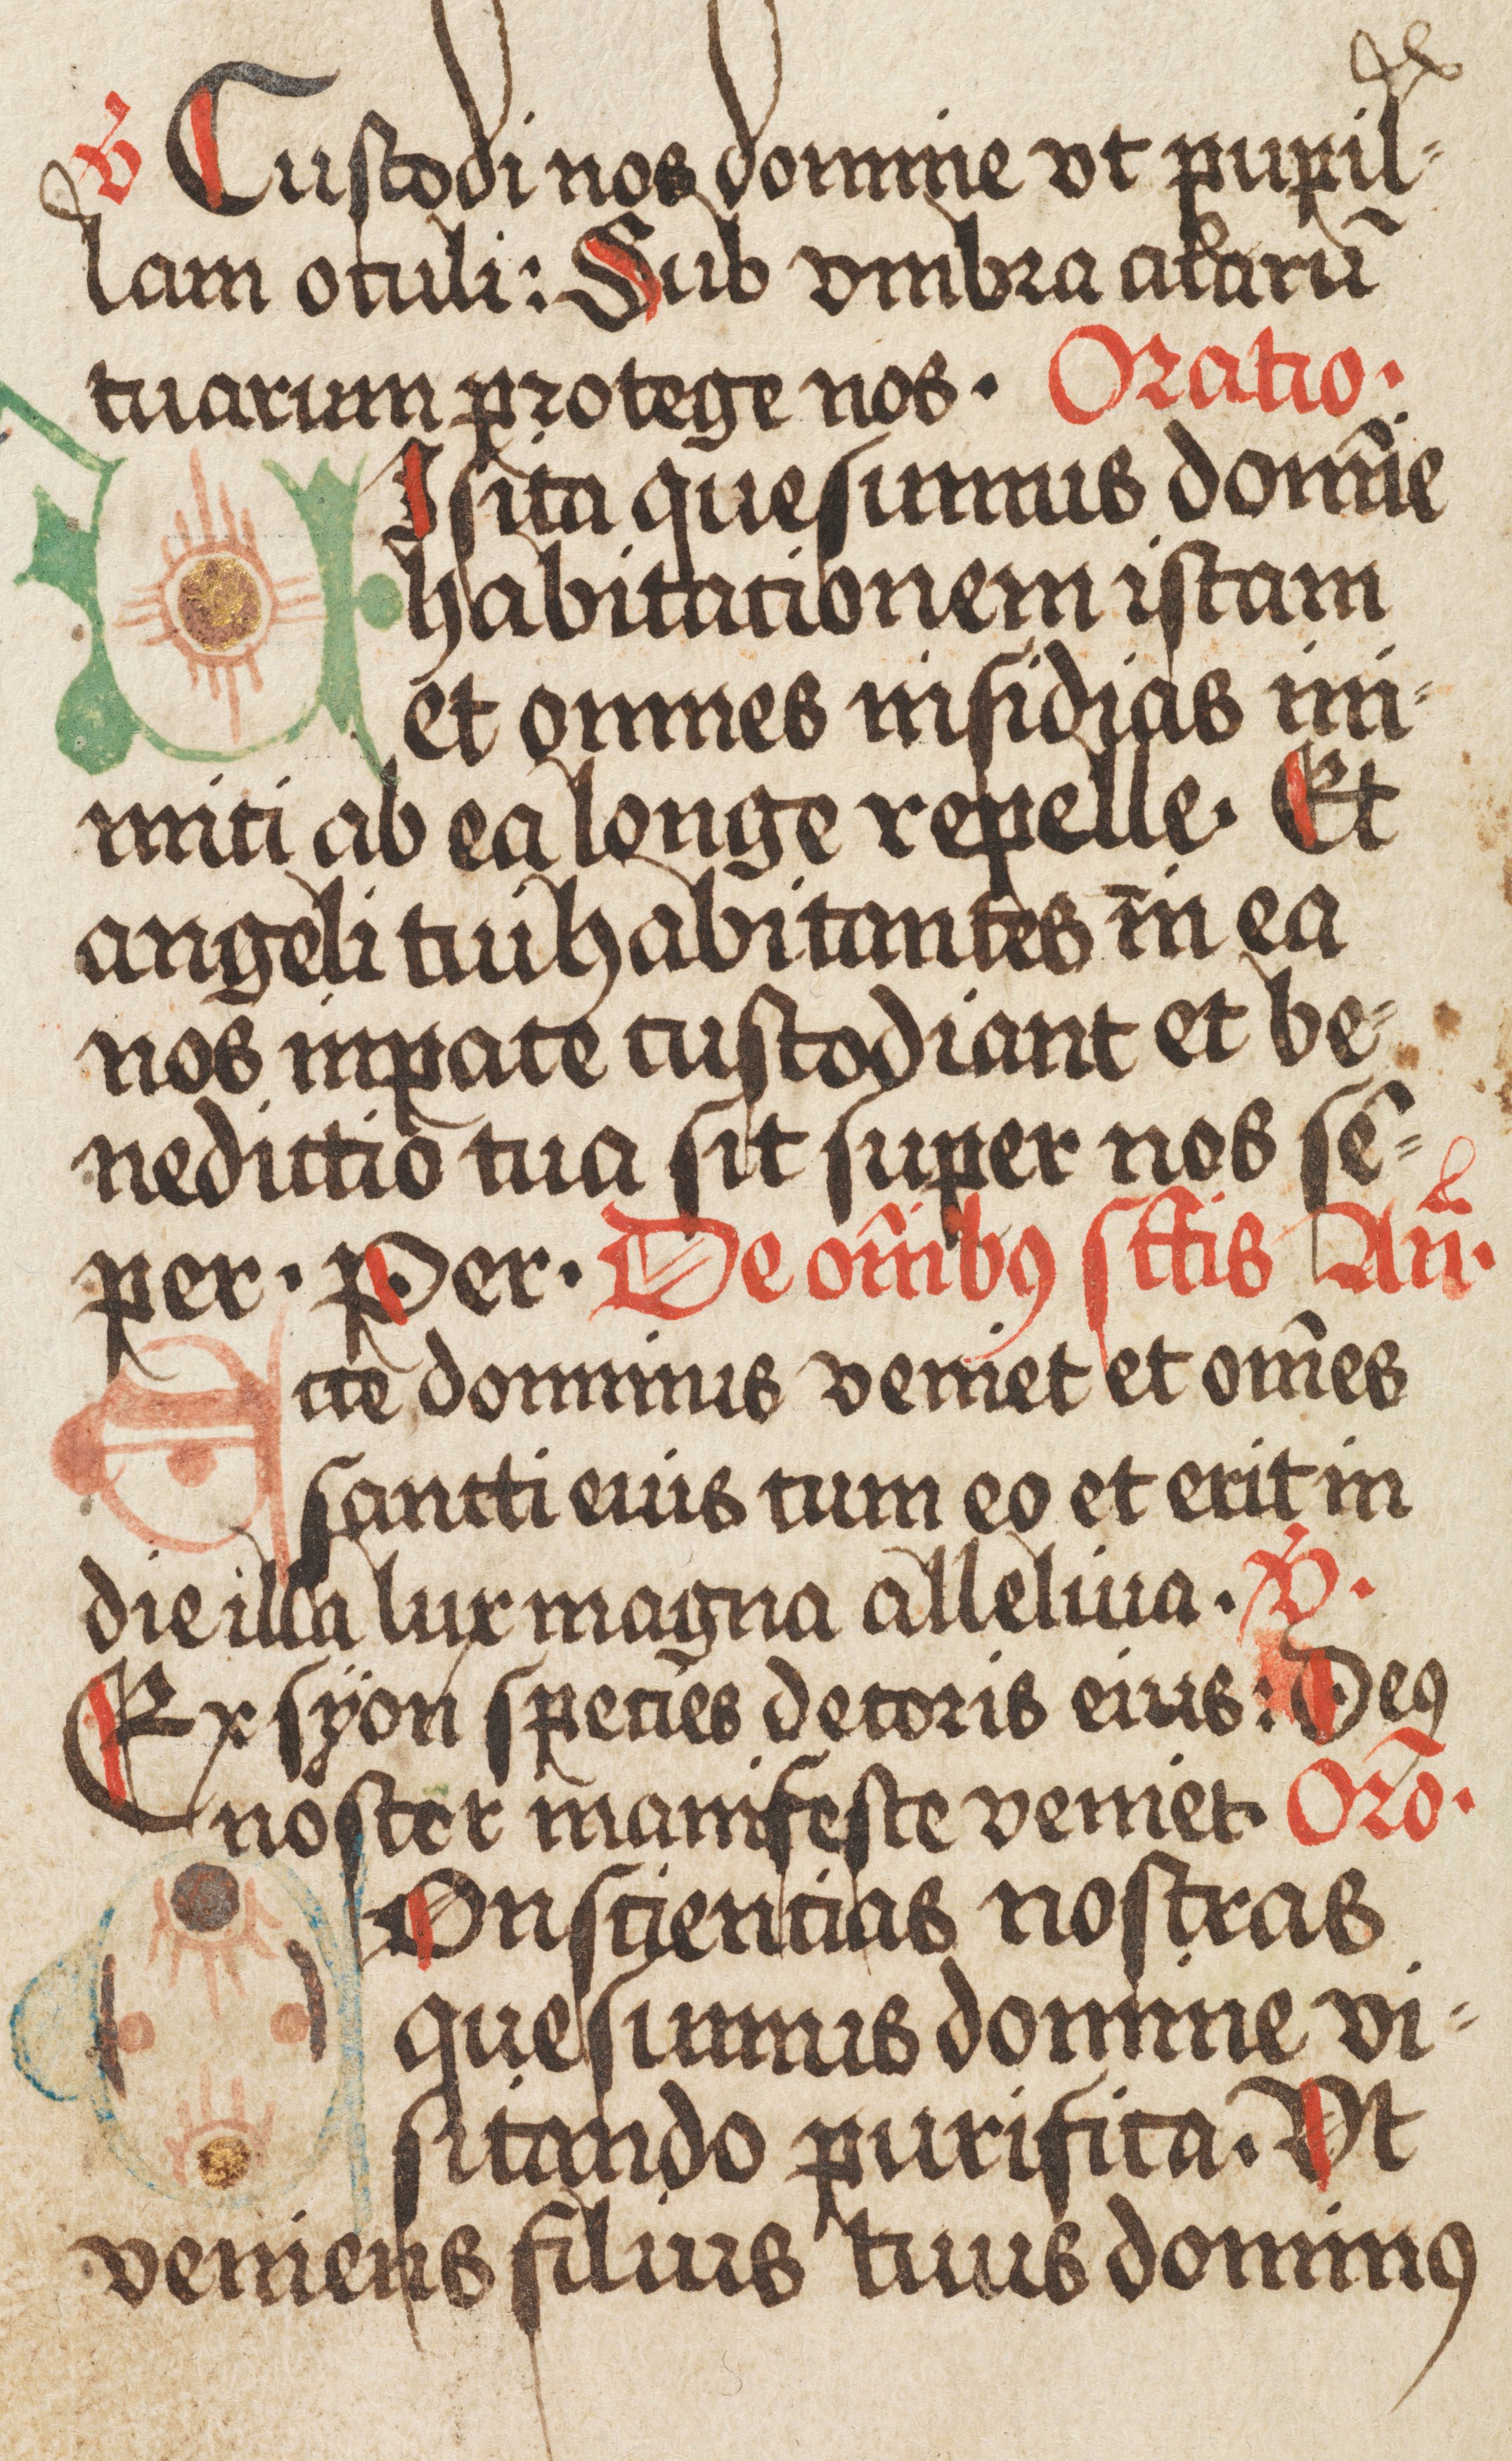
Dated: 1500–1524